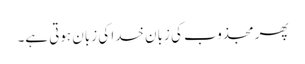
پھر مجذوب کی زبان خدا کی زبان ہوتی ہے۔